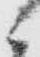
ニ